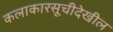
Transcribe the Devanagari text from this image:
कलाकारसूचीदेखील